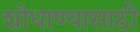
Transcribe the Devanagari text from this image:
शोधाण्यासाठी